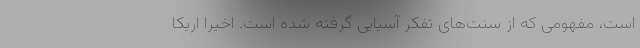
است، مفهومی که از سنت‌های تفکر آسیایی گرفته شده است. اخیراً اریکا